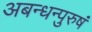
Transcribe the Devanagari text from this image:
अबन्धन्पुरुषं